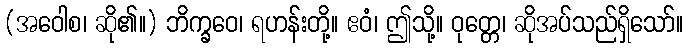
(အဝေါစ၊ ဆို၏။) ဘိက္ခဝေ၊ ရဟန်းတို့။ ဧဝံ၊ ဤသို့။ ဝုတ္တေ၊ ဆိုအပ်သည်ရှိသော်။